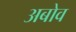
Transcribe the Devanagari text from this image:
अबोव